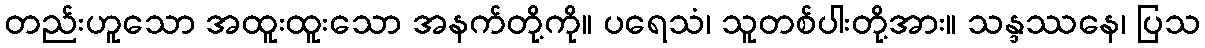
တည်းဟူသော အထူးထူးသော အနက်တို့ကို။ ပရေသံ၊ သူတစ်ပါးတို့အား။ သန္ဒဿနေ၊ ပြသ